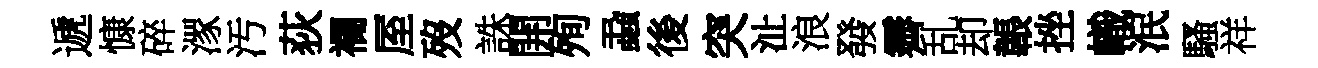
遞慷碎潈汚荻襴厔歿誅開殉蝨後突沚浪發霽乱却韔挫幟泯騷祥